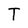
Character: T